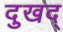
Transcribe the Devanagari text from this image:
दुखद्